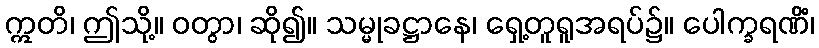
ဣတိ၊ ဤသို့။ ဝတွာ၊ ဆို၍။ သမ္မုခဋ္ဌာနေ၊ ရှေ့တူရူအရပ်၌။ ပေါက္ခရဏိံ၊